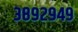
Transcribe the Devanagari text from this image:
३८९२९४९